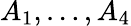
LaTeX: A_{1},\dots,A_{4}